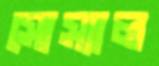
সোস্যাল